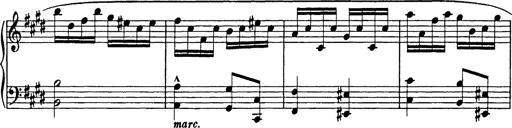
Title: 8 Variations
Composer: Franz Liszt
Key: A-flat major